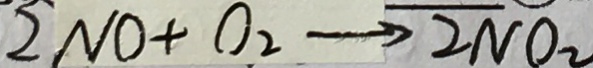
2 N O + O _ { 2 } \rightarrow 2 N O _ { 2 }